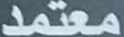
معتمد